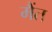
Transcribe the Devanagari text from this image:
मैंत